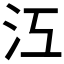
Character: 𣲅